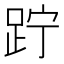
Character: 𨀉